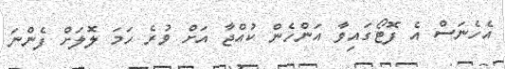
އެހެނަސް އެ ފޮޓޯގައިވާ އަންހެން ކުއްޖާ އަށް ވުރެ ހަމަ ލޮލަށް ފެންނަ